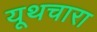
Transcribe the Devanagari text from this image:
यूथचारा